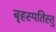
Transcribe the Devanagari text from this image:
बृहस्पतिस्तु